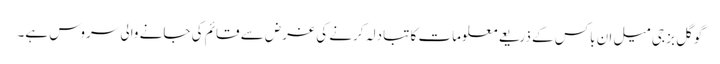
گوگل بز جی میل ان باکس کے ذریعے معلومات کا تبادلہ کرنے کی غرض سے قائم کی جانے والی سروس ہے۔